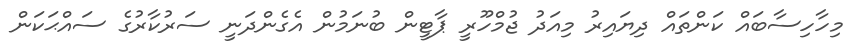
މިހާހިސާބައް ކަންތައް ދިޔައިރު މިއަދު ޖުމްހޫރީ ޕާޓީން ބުނަމުން އެގެންދަނީ ސަރުކާރުގެ ސައްޙަކަން